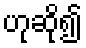
ဟုဆို၍